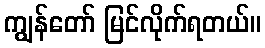
ကျွန်တော် မြင်လိုက်ရတယ်။